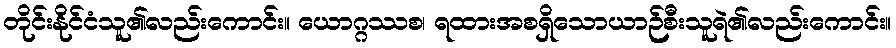
တိုင်းနိုင်ငံသူ၏လည်းကောင်း။ ယောဂ္ဂဿစ၊ ရထားအစရှိသောယာဉ်စီးသူရဲ၏လည်းကောင်း။